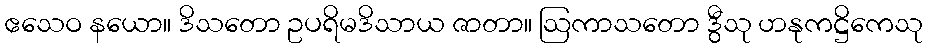
ဧသေဝ နယော။ ဒိသတော ဥပရိမဒိသာယ ဇာတာ။ ဩကာသတော ဒွီသု ဟနုကဋ္ဌိကေသု